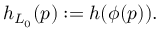
h _ { L _ { 0 } } ( p ) : = h ( \phi ( p ) ) .